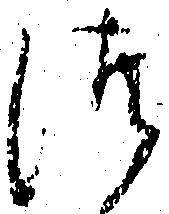
つ